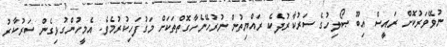
ނުވޭވަރުކޮށް ރައީސް އިބޫ ޞޯލިހުގެ ސަރުކާރުދެކެ ރައްޔިތުން ނުރުހޭނެހާގޮތްތަކަށް މަގުފަހިކުރުމެވެ. އެމީހުންގުޅިގެން ސަރުކާރު